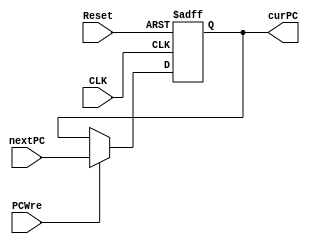
`timescale 1ns / 1ps

module PC(
    input CLK,
    input Reset,
    input PCWre,
    input [31:0] nextPC,
    output reg [31:0] curPC
    );
    initial begin  
        curPC = 0;  
    end   
    always@(posedge CLK or negedge Reset) begin
        if(Reset==0) begin
        curPC = 0;
        end
        else if(PCWre) begin
        curPC = nextPC;
        end
    end
endmodule